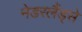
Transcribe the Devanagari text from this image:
नेडरलैंड्से